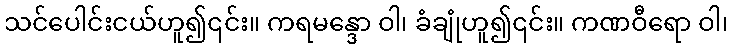
သင်ပေါင်းငယ်ဟူ၍၎င်း။ ကရမန္ဒော ဝါ၊ ခံချုံဟူ၍၎င်း။ ကဏဝီရော ဝါ၊